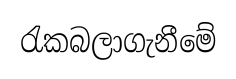
රැකබලාගැනීමේ